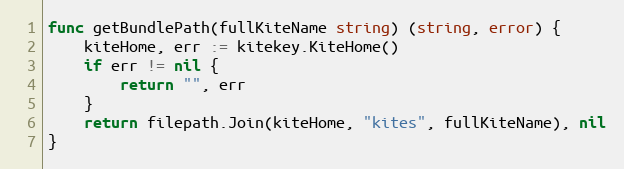
Language: Go
func getBundlePath(fullKiteName string) (string, error) {
	kiteHome, err := kitekey.KiteHome()
	if err != nil {
		return "", err
	}
	return filepath.Join(kiteHome, "kites", fullKiteName), nil
}